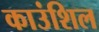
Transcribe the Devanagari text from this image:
काउंशिल